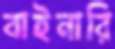
বাইনারি